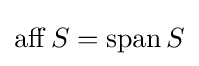
\operatorname {aff} S=\operatorname {span} S